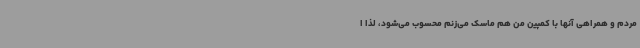
مردم و همراهی آنها با کمپین من هم ماسک می‌زنم محسوب می‌شود، لذا ا